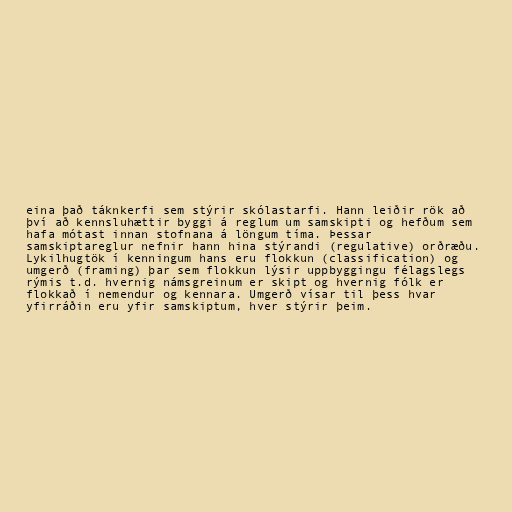
eina það táknkerfi sem stýrir skólastarfi. Hann leiðir rök að
því að kennsluhættir byggi á reglum um samskipti og hefðum sem
hafa mótast innan stofnana á löngum tíma. Þessar
samskiptareglur nefnir hann hina stýrandi (regulative) orðræðu.
Lykilhugtök í kenningum hans eru flokkun (classification) og
umgerð (framing) þar sem flokkun lýsir uppbyggingu félagslegs
rýmis t.d. hvernig námsgreinum er skipt og hvernig fólk er
flokkað í nemendur og kennara. Umgerð vísar til þess hvar
yfirráðin eru yfir samskiptum, hver stýrir þeim.